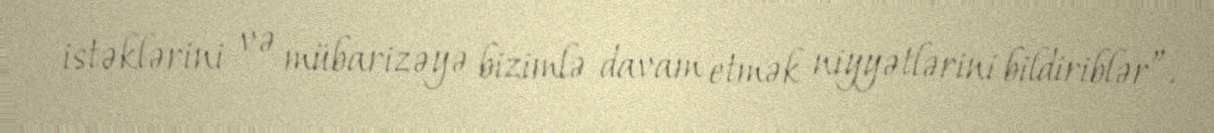
istəklərini və mübarizəyə bizimlə davam etmək niyyətlərini bildiriblər”.